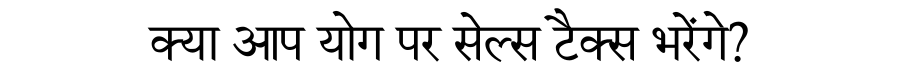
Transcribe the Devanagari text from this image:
क्या आप योग पर सेल्स टैक्स भरेंगे?